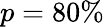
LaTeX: p=80\%